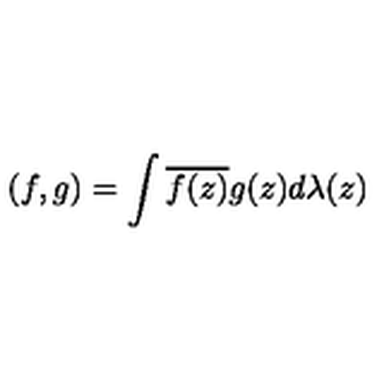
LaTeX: ( f , g ) = \int \overline { { f ( z ) } } g ( z ) d \lambda ( z )